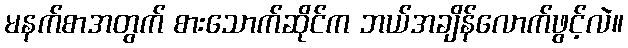
မနက်စာအတွက် စားသောက်ဆိုင်က ဘယ်အချိန်လောက်ဖွင့်လဲ။